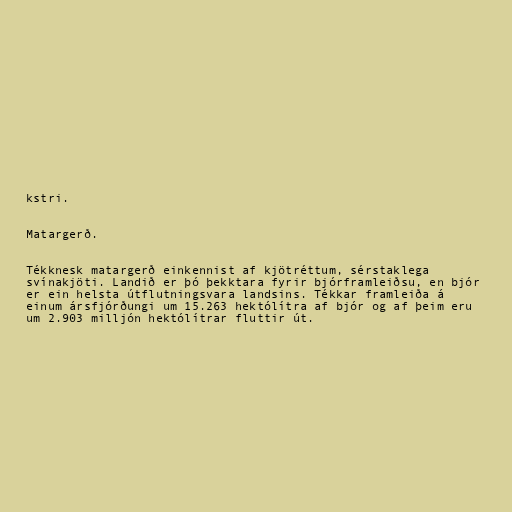
kstri.

Matargerð.

Tékknesk matargerð einkennist af kjötréttum, sérstaklega
svínakjöti. Landið er þó þekktara fyrir bjórframleiðsu, en bjór
er ein helsta útflutningsvara landsins. Tékkar framleiða á
einum ársfjórðungi um 15.263 hektólítra af bjór og af þeim eru
um 2.903 milljón hektólítrar fluttir út.